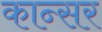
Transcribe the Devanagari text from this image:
कान्सर